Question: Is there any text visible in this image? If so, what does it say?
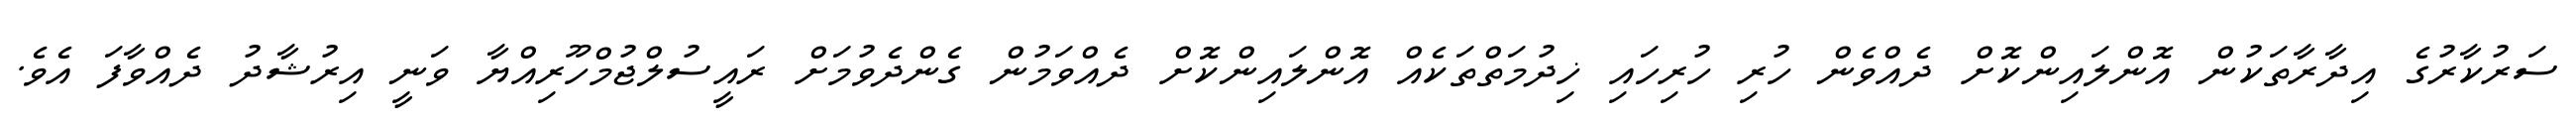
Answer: ސަރުކާރުގެ އިދާރާތަކުން އޮންލައިންކޮށް ދެއްވެން ހުރި ހުރިހައި ޚިދުމަތްތަކެއް އޮންލައިންކޮށް ދެއްވަމުން ގެންދެވުމަށް ރައީސުލްޖުމްހޫރިއްޔާ ވަނީ އިރުޝާދު ދެއްވާފަ އެވެ.